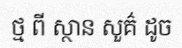
ថ្ម ពី ស្ថាន សួគ៌ ដូច